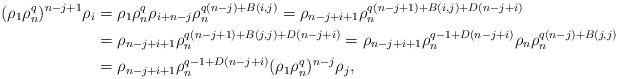
LaTeX: \begin{align*}(\rho_1 \rho_n^q)^{n-j+1} \rho_{i}&=\rho_1 \rho_n^q\rho_{{i+n-j}} \rho_n^{q(n-j)+B(i,j)}=\rho_{{n-j+i+1}} \rho_n^{q(n-j+1)+B(i,j)+D(n-j+i)}\\ &=\rho_{{n-j+i+1}} \rho_n^{q(n-j+1)+B(j,j)+D(n-j+i)}=\rho_{{n-j+i+1}}\rho_n^{q-1+D(n-j+i)} \rho_n\rho_n^{q(n-j)+B(j,j)} \\ &=\rho_{{n-j+i+1}}\rho_n^{q-1+D(n-j+i)} (\rho_1 \rho_n^q)^{n-j} \rho_j, \end{align*}